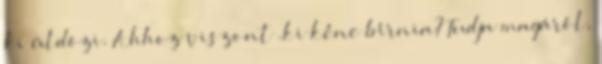
ki üldözi. Ahhoz viszont .ki kéne bírnia? Tudja magáról,